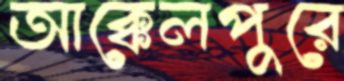
আক্কেলপুরে